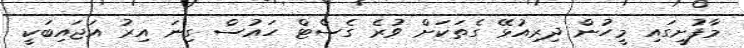
މާފުށީގައި މީހުން ދިރިއުޅޭ ގެތަކަށް ވުރެ ގެސްޓް ހައުސް ގިނަ އިރު އަޖައިބަކީ